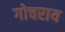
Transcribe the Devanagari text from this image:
गोचराय